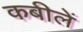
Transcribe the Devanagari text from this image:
कबीलें